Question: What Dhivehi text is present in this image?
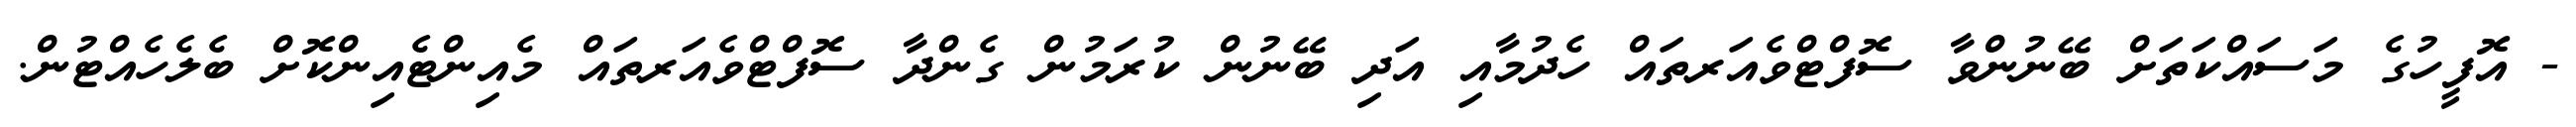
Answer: - އޮފީހުގެ މަސައްކަތަށް ބޭނުންވާ ސޮފްޓްވެއަރތައް ހެދުމާއި އަދި ބޭނުން ކުރަމުން ގެންދާ ސޮފްޓްވެއަރތައް މެއިންޓެއިންކޮށް ބެލެހެއްޓުން.